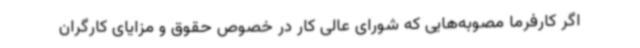
اگر کارفرما مصوبه‌هایی که شورای عالی کار در خصوص حقوق و مزایای کارگران